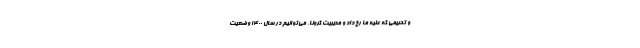
و تحریمی که علیه ما رخ داد و مدیریت کرونا، می‌توانیم در سال ۱۴۰۰ وضعیت